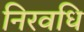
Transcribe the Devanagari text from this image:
निरवधि